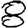
Digit: 8